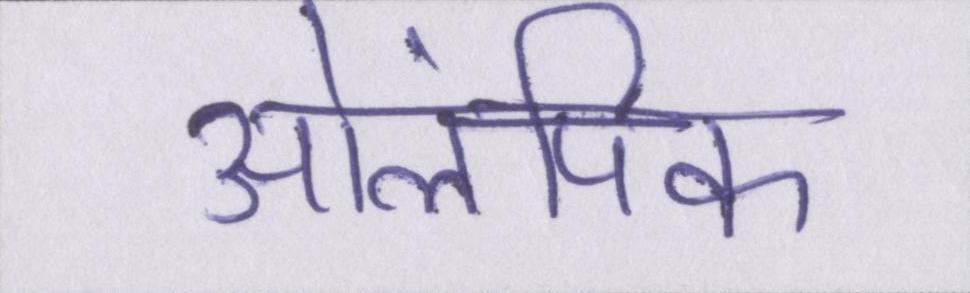
ओलंपिक